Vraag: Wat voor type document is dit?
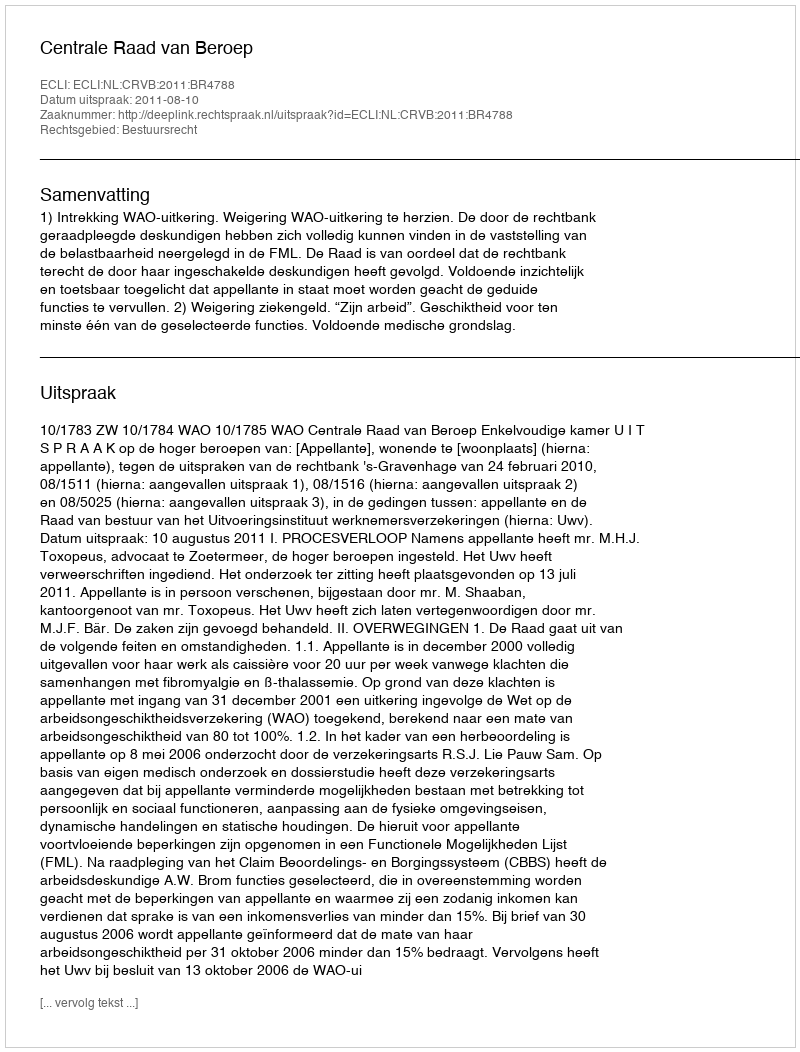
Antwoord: Uitspraak